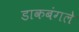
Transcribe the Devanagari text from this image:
डाकबंगले